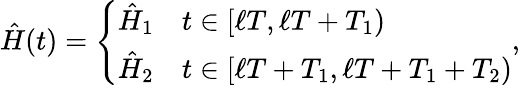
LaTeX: \hat{H}(t)=\left\{ \begin{array}{ll}{\hat{H}_{1}}&{t\in[\ell T,\ell T+T_{1})}\\ {\hat{H}_{2}}&{t\in[\ell T+T_{1},\ell T+T_{1}+T_{2})}\end{array}\right.,